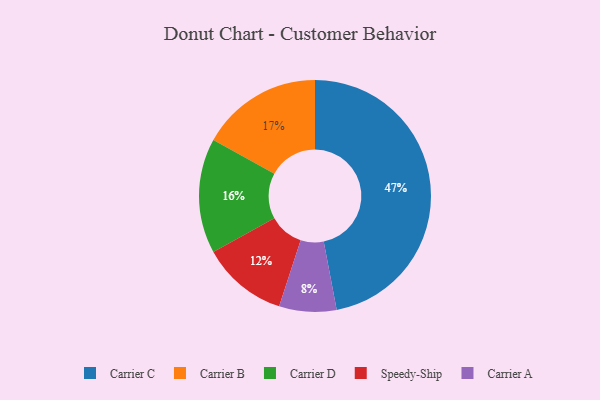
{"axis": {"x": "Category", "y": "Percentage"}, "legend": ["Carrier A", "Carrier B", "Carrier C", "Carrier D", "Speedy-Ship"], "data": [{"x": "Carrier C", "y": 47, "type": "Carrier C"}, {"x": "Carrier D", "y": 16, "type": "Carrier D"}, {"x": "Speedy-Ship", "y": 12, "type": "Speedy-Ship"}, {"x": "Carrier A", "y": 8, "type": "Carrier A"}, {"x": "Carrier B", "y": 17, "type": "Carrier B"}]}